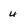
Character: 4